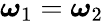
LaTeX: {\boldsymbol{\omega}}_{1}={\boldsymbol{\omega}}_{2}